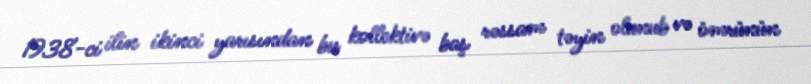
1938-ci ilin ikinci yarısından bu kollektivə baş rəssam təyin olunub və ömrünün